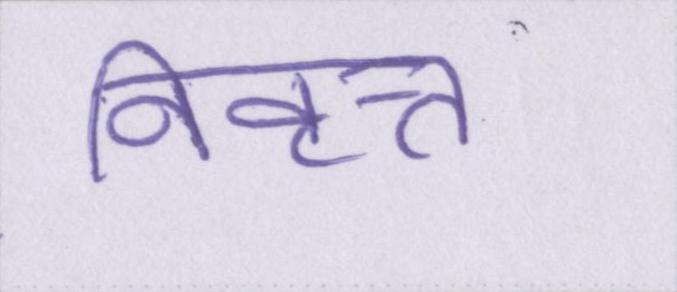
निवृत्त